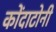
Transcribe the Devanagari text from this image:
कोंदाटोनी